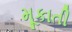
મૂકાતી